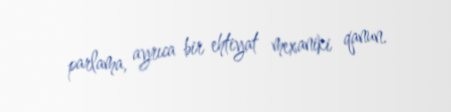
parlama, ayrıca bir ehtiyat mexaniki qanun.